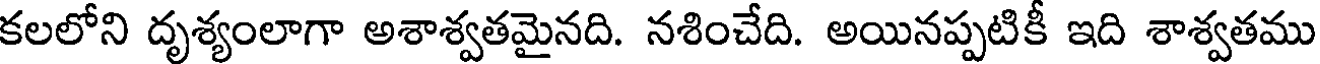
కలలోని దృశ్యంలాగా అశాశ్వతమైనది. నశించేది. అయినప్పటికీ ఇది శాశ్వతము